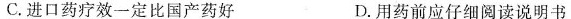
C.进口药疗效一定比国产药好 D.用药前应仔细阅读说明书